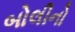
બોલીનો